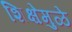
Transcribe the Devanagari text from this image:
शिक्षेमुळे